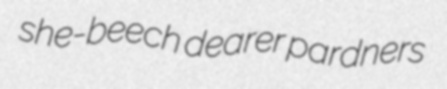
she-beech dearer pardners